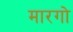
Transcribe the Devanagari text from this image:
मारगो